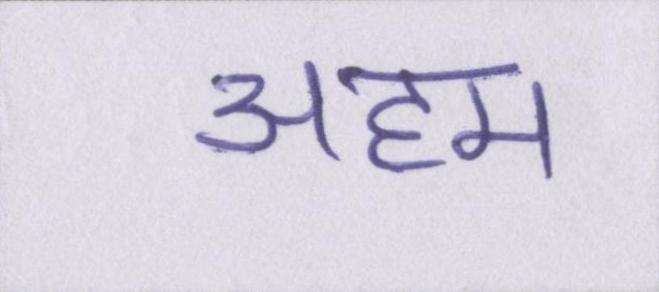
अहम